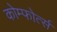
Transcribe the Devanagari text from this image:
कोम्फोर्त्स